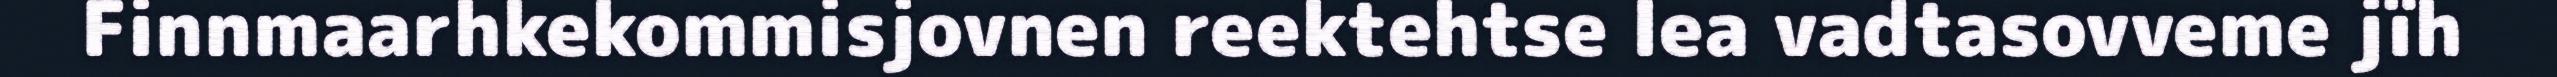
Finnmaarhkekommisjovnen reektehtse lea vadtasovveme jïh